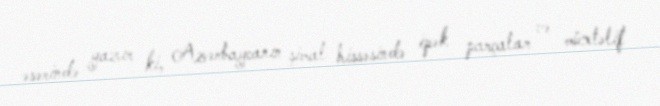
əsərində yazır ki, Azərbaycanın şimal hissəsində ipək parçalar və müxtəlif